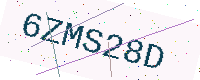
Text: 6ZMS28D